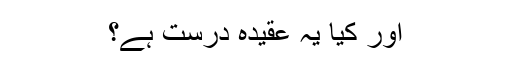
اور کیا یہ عقیدہ درست ہے؟